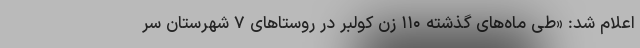
اعلام شد: «طی ماه‌های گذشته ۱۱۰ زن کولبر در روستاهای ۷ شهرستان سر